Annual report on the working of the mental hospitals in the Madras Presidency - 1912-1932
Year: 1912
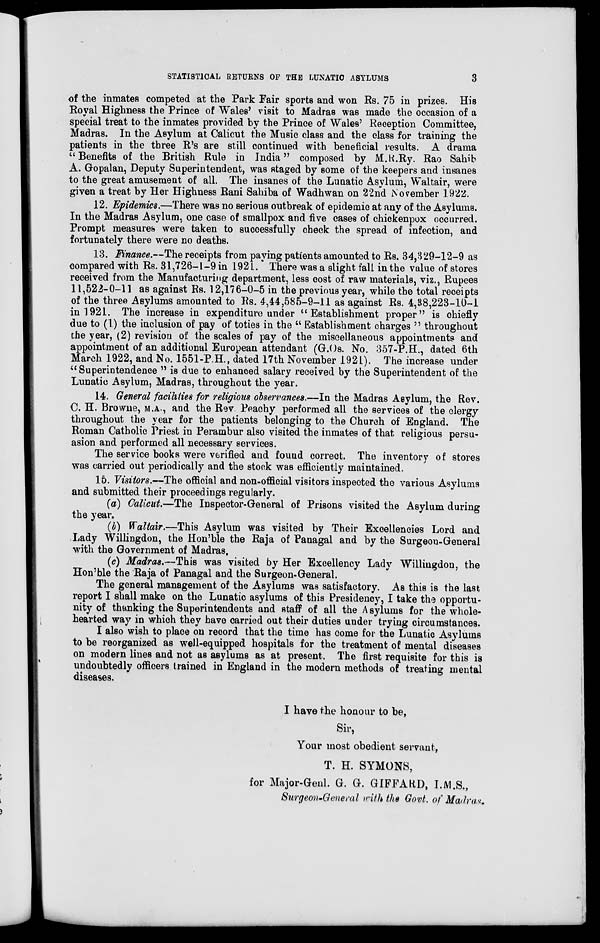
STATISTICAL RETURNS OF THE LUNATIC ASYLUMS
3
of the inmates competed at the Park Fair sports and won Rs. 75 in prizes. His
Royal Highness the Prince of Wales' visit to Madras was made the occasion of a
special treat to the inmates provided by the Prince of Wales' Reception Committee,
Madras. In the Asylum at Calicut the Music class and the class for training the
patients in the three R's are still continued with beneficial results. A drama
"Benefits of the British Rule in India" composed by M.R.Ry. Rao Sahib
A. Gopalan, Deputy Superintendent, was staged by some of the keepers and insanes
to the great amusement of all. The insanes of the Lunatic Asylum, Waltair, were
given a treat by Her Highness Rani Sahiba of Wadhwan on 22nd November 1922.
12. Epidemics.—There was no serious outbreak of epidemic at any of the Asylums.
In the Madras Asylum, one case of smallpox and five cases of chickenpox occurred.
Prompt measures were taken to successfully check the spread of infection, and
fortunately there were no deaths.
13. Finance.—The receipts from paying patients amounted to Rs. 34,329-12-9 as
compared with Rs. 31,726-1-9 in 1921. There was a slight fall in the value of stores
received from the Manufacturing department, less cost of raw materials, viz., Rupees
11,522-0-11 as against Rs. 12,176-0-5 in the previous year, while the total receipts
of the three Asylums amounted to Rs. 4,44,585-9-11 as against Rs. 4,38,223-10-1
in 1921. The increase in expenditure under "Establishment proper" is chiefly
due to (1) the inclusion of pay of toties in the " Establishment charges " throughout
the year, (2) revision of the scales of pay of the miscellaneous appointments and
appointment of an additional European attendant (G.Os. No. 357-P.H., dated 6th
March 1922, and No. 1551-P.H., dated 17th November 1921). The increase under
"Superintendence " is due to enhanced salary received by the Superintendent of the
Lunatic Asylum, Madras, throughout the year.
14. General facilities for religious observances.—In the Madras Asylum, the Rev.
C. H. Browne, M.A., and the Rev. Peachy performed all the services of the clergy
throughout the year for the patients belonging to the Church of England. The
Roman Catholic Priest in Perambur also visited the inmates of that religious persu-
asion and performed all necessary services.
The service books were verified and found correct. The inventory of stores
was carried out periodically and the stock was efficiently maintained.
15. Visitors.—The official and non-official visitors inspected the various Asylums
and submitted their proceedings regularly.
(a) Calicut—The Inspector-General of Prisons visited the Asylum during
the year.
(b) Waltair.—This Asylum was visited by Their Excellencies Lord and
Lady Willingdon, the Hon'ble the Raja of Panagal and by the Surgeon-General
with the Government of Madras.
(c) Madras.—This was visited by Her Excellency Lady Willingdon, the
Hon'ble the Raja of Panagal and the Surgeon-General.
The general management of the Asylums was satisfactory. As this is the last
report I shall make on the Lunatic asylums of this Presidency, I take the opportu-
nity of thanking the Superintendents and staff of all the Asylums for the whole-
hearted way in which they have carried out their duties under trying circumstances.
I also wish to place on record that the time has come for the Lunatic Asylums
to be reorganized as well-equipped hospitals for the treatment of mental diseases
on modern lines and not as asylums as at present. The first requisite for this is
undoubtedly officers trained in England in the modern methods of treating mental
diseases.
I have the honour to be,
Sir,
Your most obedient servant,
T. H. SYMONS,
for Major-Genl. G. G. GIFFARD, I.M.S.,
Surgeon-General with the Govt. of Madras.